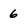
Character: 6